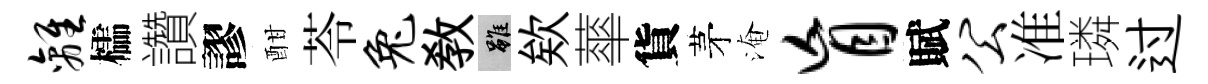
离櫺讚謬酣苓兔教雖欸蕐貨茅淹盲賦公准璘过